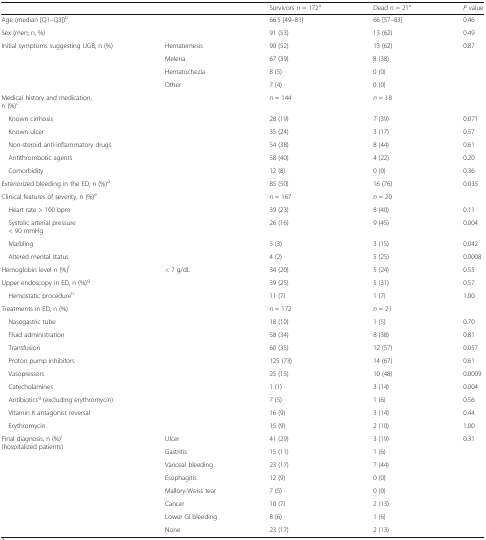
<table><thead><tr><td colspan="2"></td><td><b>Survivors <i>n</i> = 172<sup>a</sup></b></td><td><b>Dead <i>n</i> = 21<sup>a</sup></b></td><td><b><i>P</i> value</b></td></tr></thead><tbody><tr><td colspan="2">Age (median [Q1–Q3])<sup>b</sup></td><td>66.5 [49–81]</td><td>66 [57–83]</td><td>0.46</td></tr><tr><td colspan="2">Sex (men; n, %)</td><td>91 (53)</td><td>13 (62)</td><td>0.49</td></tr><tr><td rowspan="4">Initial symptoms suggesting UGB, n (%)</td><td>Hematemesis</td><td>90 (52)</td><td>13 (62)</td><td rowspan="4">0.87</td></tr><tr><td>Melena</td><td>67 (39)</td><td>8 (38)</td></tr><tr><td>Hematochezia</td><td>8 (5)</td><td>0 (0)</td></tr><tr><td>Other</td><td>7 (4)</td><td>0 (0)</td></tr><tr><td colspan="2">Medical history and medication, n (%)<sup>c</sup></td><td><i>n</i> = 144</td><td><i>n</i> = 18</td><td></td></tr><tr><td colspan="2"> Known cirrhosis</td><td>28 (19)</td><td>7 (39)</td><td>0.071</td></tr><tr><td colspan="2"> Known ulcer</td><td>35 (24)</td><td>3 (17)</td><td>0.57</td></tr><tr><td colspan="2"> Non-steroid anti-inflammatory drugs</td><td>54 (38)</td><td>8 (44)</td><td>0.61</td></tr><tr><td colspan="2"> Antithrombotic agents</td><td>58 (40)</td><td>4 (22)</td><td>0.20</td></tr><tr><td colspan="2"> Comorbidity</td><td>12 (8)</td><td>0 (0)</td><td>0.36</td></tr><tr><td colspan="2">Exteriorized bleeding in the ED, n (%)<sup>d</sup></td><td>85 (50)</td><td>16 (76)</td><td>0.035</td></tr><tr><td colspan="2">Clinical features of severity, n (%)<sup>e</sup></td><td><i>n</i> = 167</td><td><i>n</i> = 20</td><td></td></tr><tr><td colspan="2"> Heart rate &gt; 100 bpm</td><td>39 (23)</td><td>8 (40)</td><td>0.11</td></tr><tr><td colspan="2"> Systolic arterial pressure &lt; 90 mmHg</td><td>26 (16)</td><td>9 (45)</td><td>0.004</td></tr><tr><td colspan="2"> Marbling</td><td>5 (3)</td><td>3 (15)</td><td>0.042</td></tr><tr><td colspan="2"> Altered mental status</td><td>4 (2)</td><td>5 (25)</td><td>0.0008</td></tr><tr><td>Hemoglobin level n (%)<sup>f</sup></td><td>&lt; 7 g/dL</td><td>34 (20)</td><td>5 (24)</td><td>0.55</td></tr><tr><td colspan="2">Upper endoscopy in ED, n (%)<sup>g</sup></td><td>39 (25)</td><td>5 (31)</td><td>0.57</td></tr><tr><td colspan="2"> Hemostatic procedure<sup>h</sup></td><td>11 (7)</td><td>1 (7)</td><td>1.00</td></tr><tr><td colspan="2">Treatments in ED, n (%)</td><td><i>n</i> = 172</td><td><i>n</i> = 21</td><td></td></tr><tr><td colspan="2"> Nasogastric tube</td><td>18 (10)</td><td>1 (5)</td><td>0.70</td></tr><tr><td colspan="2"> Fluid administration</td><td>58 (34)</td><td>8 (38)</td><td>0.81</td></tr><tr><td colspan="2"> Transfusion</td><td>60 (35)</td><td>12 (57)</td><td>0.057</td></tr><tr><td colspan="2"> Proton pump inhibitors</td><td>125 (73)</td><td>14 (67)</td><td>0.61</td></tr><tr><td colspan="2"> Vasopressors</td><td>25 (15)</td><td>10 (48)</td><td>0.0009</td></tr><tr><td colspan="2"> Catecholamines</td><td>1 (1)</td><td>3 (14)</td><td>0.004</td></tr><tr><td colspan="2"> Antibiotics<sup>g</sup> (excluding erythromycin)</td><td>7 (5)</td><td>1 (6)</td><td>0.56</td></tr><tr><td colspan="2"> Vitamin K antagonist reversal</td><td>16 (9)</td><td>3 (14)</td><td>0.44</td></tr><tr><td colspan="2"> Erythromycin</td><td>15 (9)</td><td>2 (10)</td><td>1.00</td></tr><tr><td rowspan="8">Final diagnosis, n (%)<sup>i</sup> (hospitalized patients)</td><td>Ulcer</td><td>41 (29)</td><td>3 (19)</td><td rowspan="8">0.31</td></tr><tr><td>Gastritis</td><td>15 (11)</td><td>1 (6)</td></tr><tr><td>Variceal bleeding</td><td>23 (17)</td><td>7 (44)</td></tr><tr><td>Esophagitis</td><td>12 (9)</td><td>0 (0)</td></tr><tr><td>Mallory-Weiss tear</td><td>7 (5)</td><td>0 (0)</td></tr><tr><td>Cancer</td><td>10 (7)</td><td>2 (13)</td></tr><tr><td>Lower GI bleeding</td><td>8 (6)</td><td>1 (6)</td></tr><tr><td>None</td><td>23 (17)</td><td>2 (13)</td></tr></tbody></table>